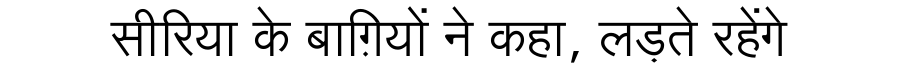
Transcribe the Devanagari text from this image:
सीरिया के बाग़ियों ने कहा, लड़ते रहेंगे